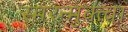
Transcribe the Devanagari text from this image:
स्मरन्मुक्त्वा